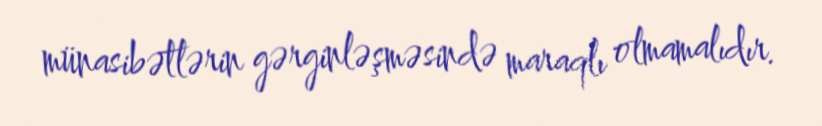
münasibətlərin gərginləşməsində maraqlı olmamalıdır.